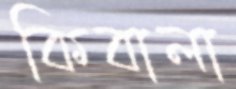
কিবালা